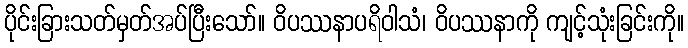
ပိုင်းခြားသတ်မှတ်အပ်ပြီးသော်။ ဝိပဿနာပရိဝါသံ၊ ဝိပဿနာကို ကျင့်သုံးခြင်းကို။